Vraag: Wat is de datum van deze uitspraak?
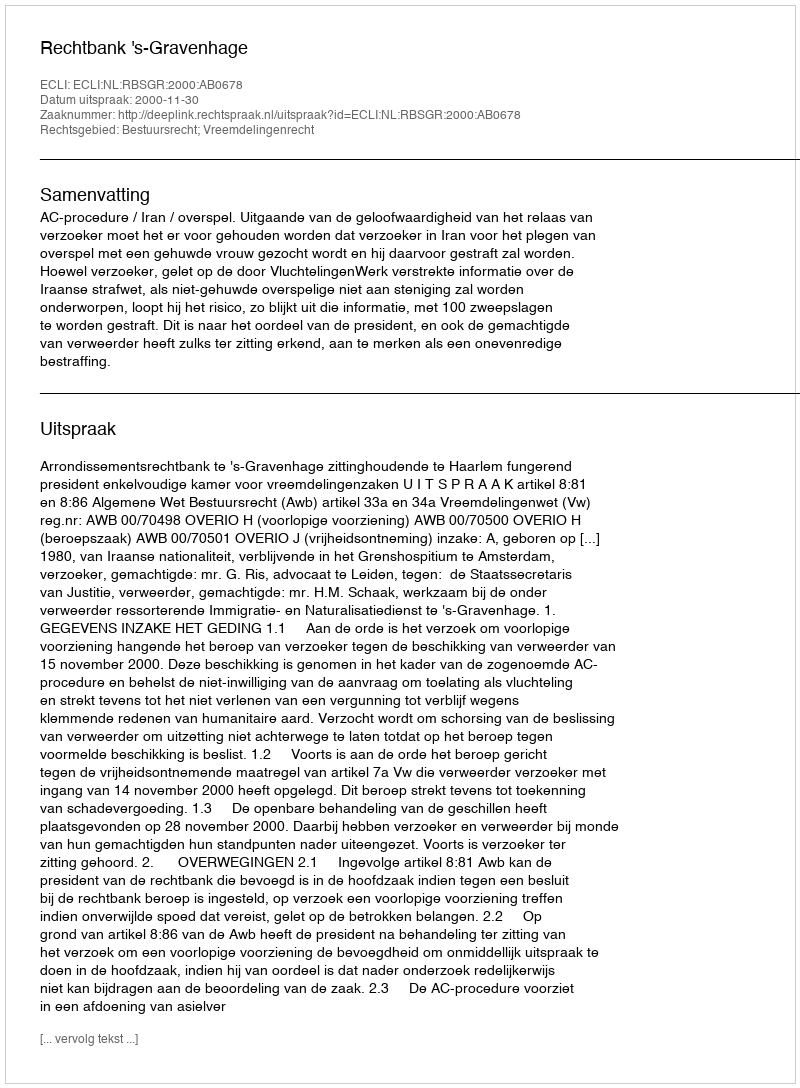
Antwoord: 2000-11-30